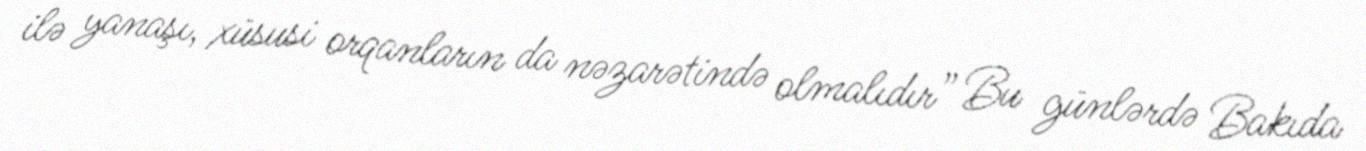
ilə yanaşı, xüsusi orqanların da nəzarətində olmalıdır” Bu günlərdə Bakıda